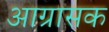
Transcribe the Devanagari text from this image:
आग्रासक